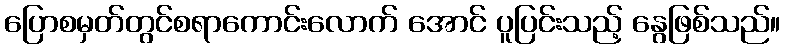
ပြောစမှတ်တွင်စရာကောင်းလောက် အောင် ပူပြင်းသည့် နွေဖြစ်သည်။